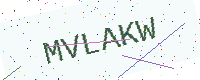
Text: MVLAKW